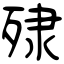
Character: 殔